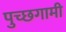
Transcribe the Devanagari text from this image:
पुच्छगामी